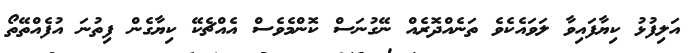
އަލިފުޅު ކިޔާފައިވާ ލަވައެކެވެ ތަނެއްދޮރެއް ނޭގުނަސް ކޮންމެވެސް އެއްޗެކޭ ކިޔާގެން ފިތުނަ އުފެއްތޭތޯ